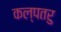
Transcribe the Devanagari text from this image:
कल्‍पतरु